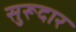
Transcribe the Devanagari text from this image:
सुरूदार